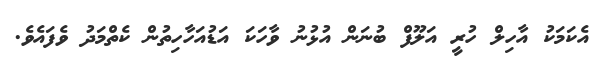
އެކަމަކު އާހިލް ހުރީ އަލޫފް ބުނަން އުޅުނު ވާހަކަ އަޑުއަހާހިތުން ކެތްމަދު ވެފައެވެ.